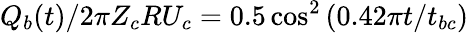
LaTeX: Q_{b}(t)/2\pi Z_{c}RU_{c}=0.5\cos^{2}\left(0.42\pi{t}/{t_{bc}}\right)